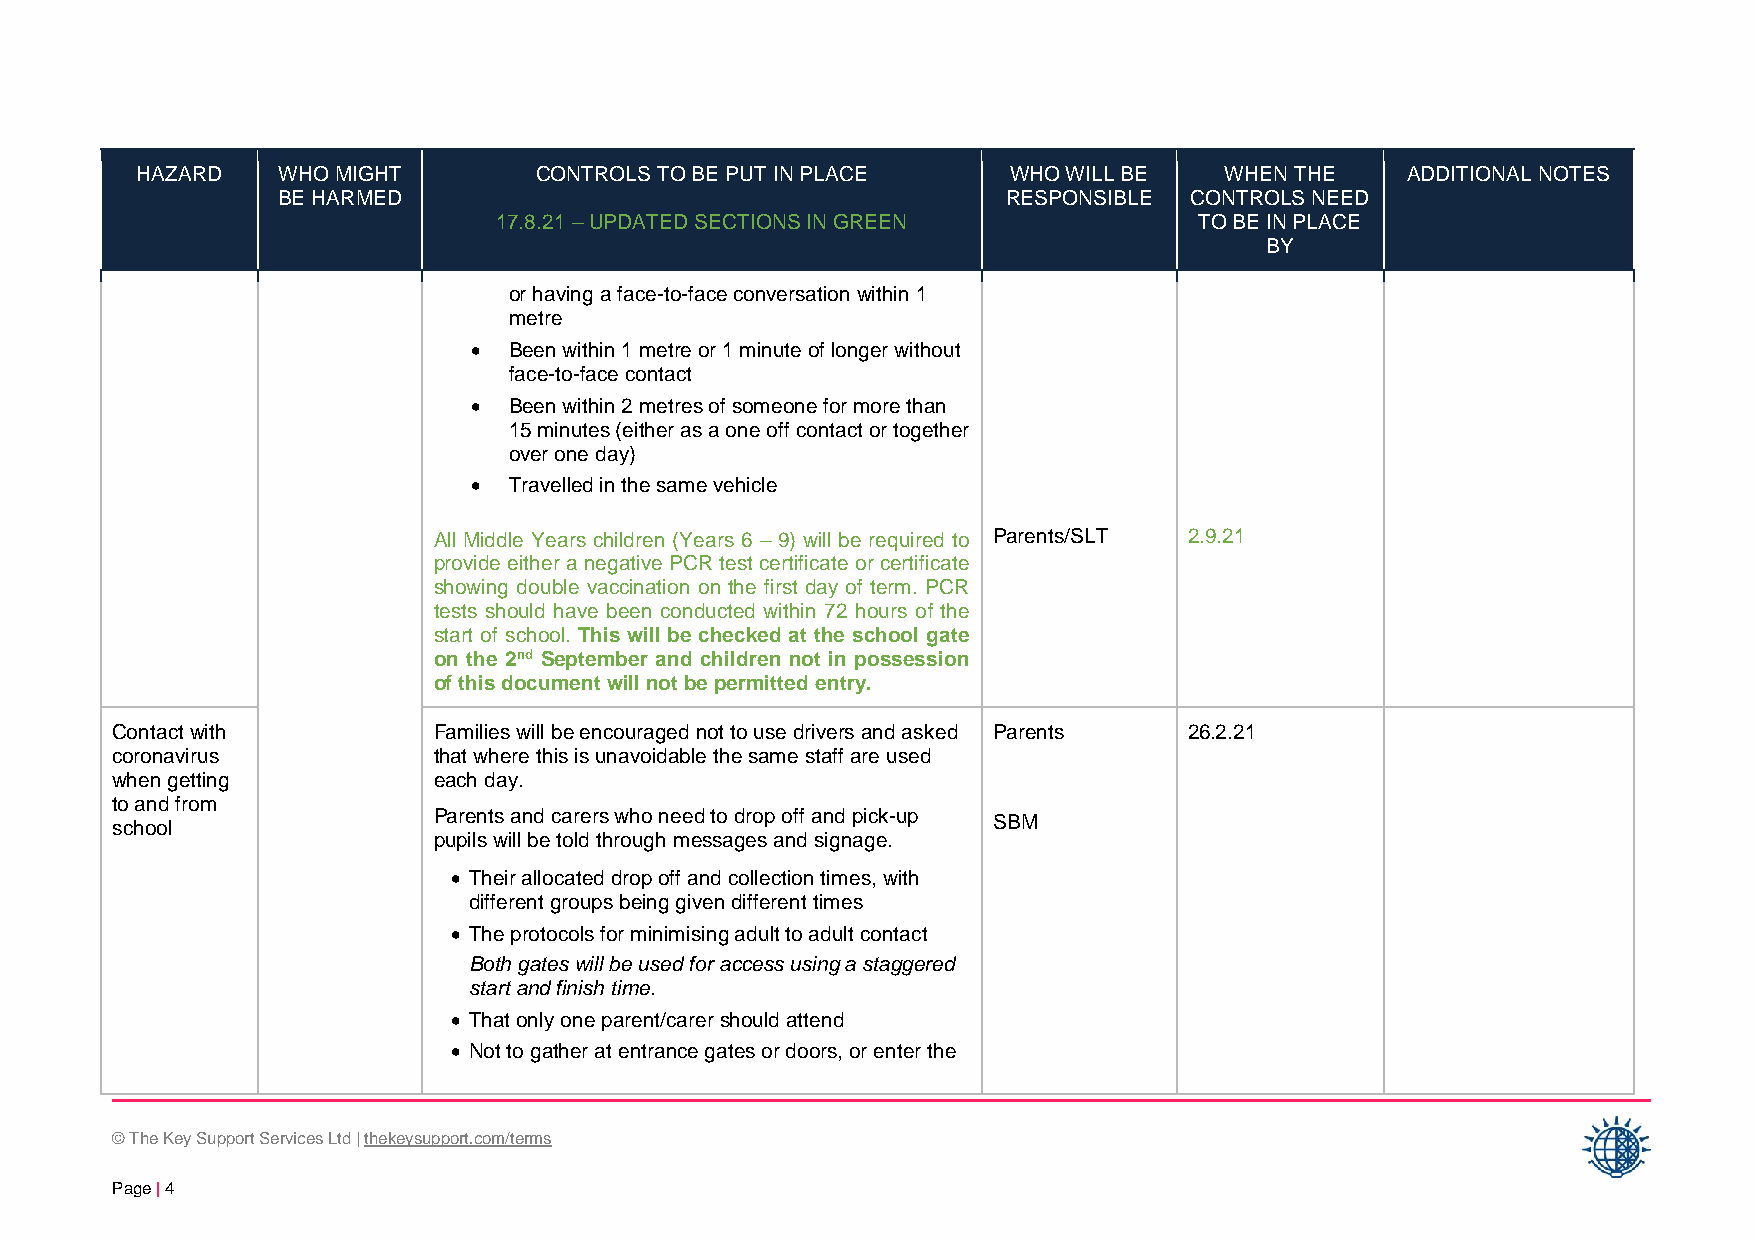
HAZARD   WHO MIGHT        CONTROLS TO BE PUT IN PLACE     WHO WILL BE   WHEN THE    ADDITIONAL NOTES
 BE HARMED                                        RESPONSIBLE CONTROLS NEED
 17.8.21 – UPDATED SECTIONS IN GREEN           TO BE IN PLACE
 BY
 or having a face-to-face conversation within 1
 metre
 •  Been within 1 metre or 1 minute of longer without
 face-to-face contact
 •  Been within 2 metres of someone for more than
 15 minutes (either as a one off contact or together
 over one day)
 •  Travelled in the same vehicle
 All Middle Years children (Years 6 – 9) will be required to Parents/SLT 2.9.21
 provide either a negative PCR test certificate or certificate
 showing double vaccination on the first day of term. PCR
 tests should have been conducted within 72 hours of the
 start of school. This will be checked at the school gate
 on the 2nd September and children not in possession
 of this document will not be permitted entry.
 Contact with          Families will be encouraged not to use drivers and asked Parents 26.2.21
 coronavirus           that where this is unavoidable the same staff are used
 when getting          each day.
 to and from
 school                Parents and carers who need to drop off and pick-up SBM
 pupils will be told through messages and signage.
 • Their allocated drop off and collection times, with
 different groups being given different times
 • The protocols for minimising adult to adult contact
 Both gates will be used for access using a staggered
 start and finish time.
 • That only one parent/carer should attend
 • Not to gather at entrance gates or doors, or enter the
 © The Key Support Services Ltd | thekeysupport.com/terms
 Page | 4